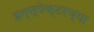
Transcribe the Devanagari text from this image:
इन्स्पेक्टरच्या